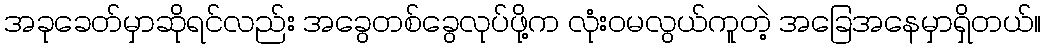
အခုခေတ်မှာဆိုရင်လည်း အခွေတစ်ခွေလုပ်ဖို့က လုံးဝမလွယ်ကူတဲ့ အခြေအနေမှာရှိတယ်။